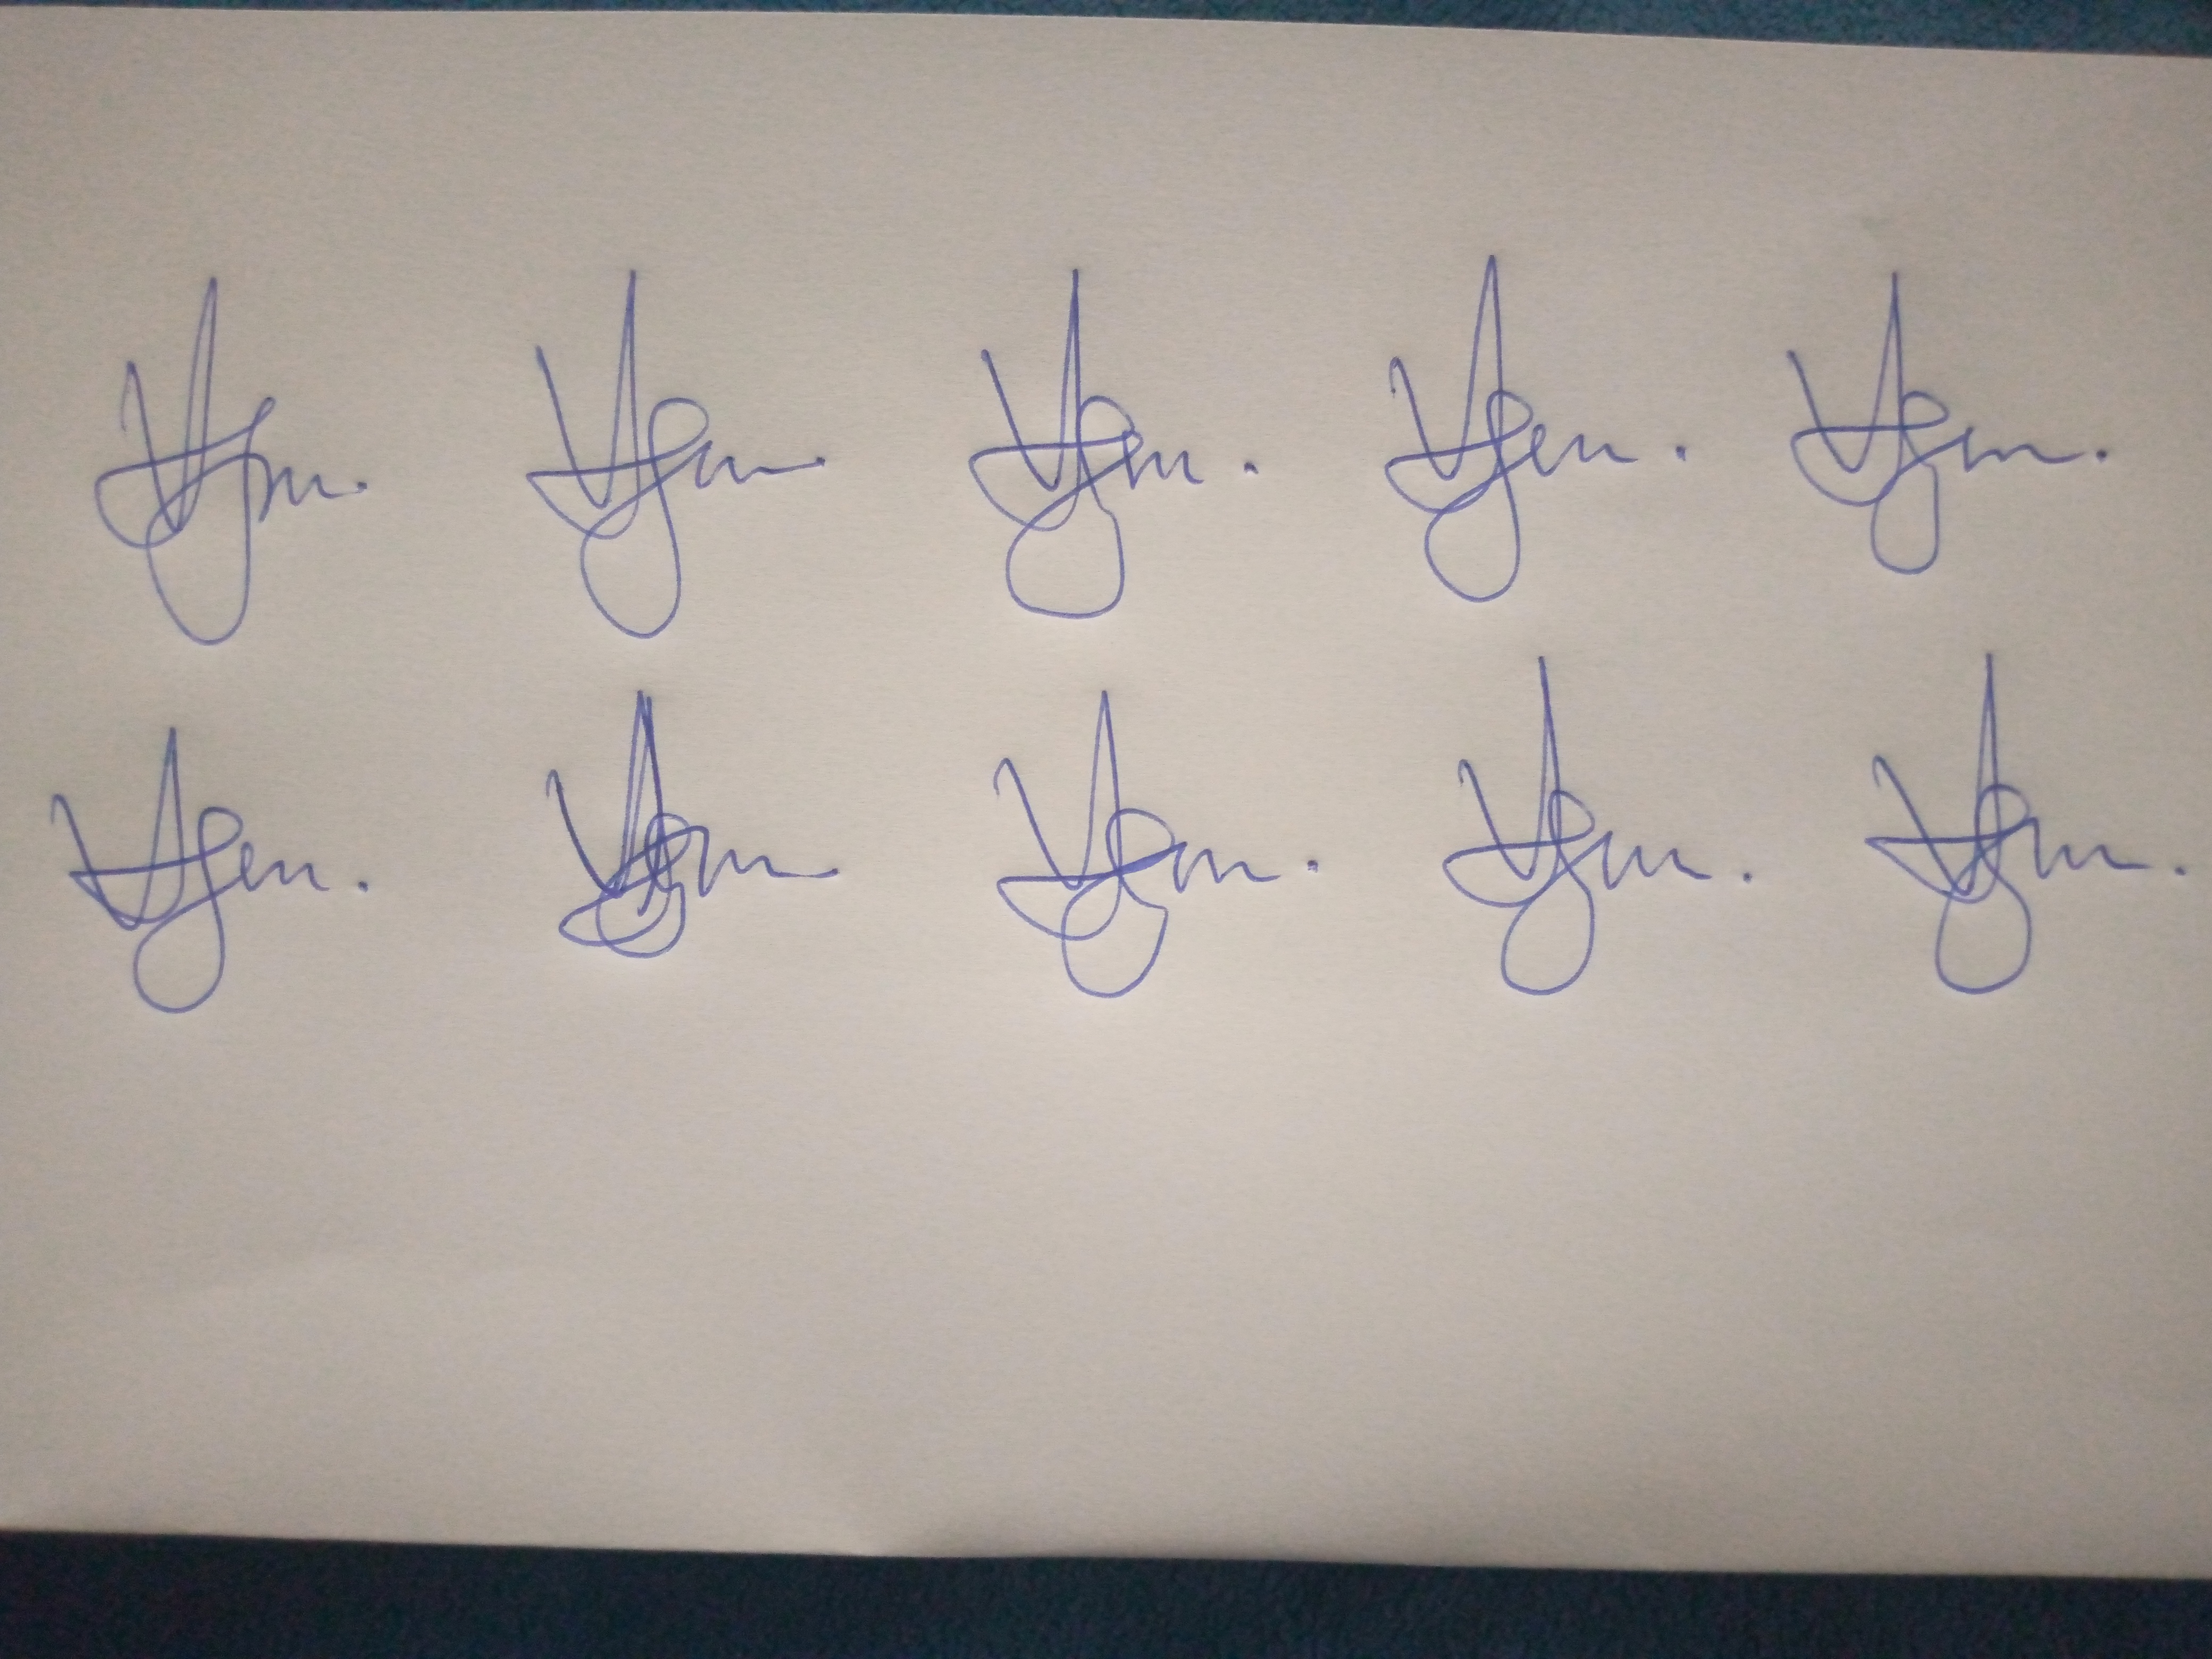
Signature authenticity: genuine